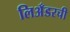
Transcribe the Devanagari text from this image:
लिअँडरची